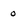
Character: o